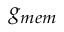
g _ { m e m }